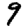
Digit: 9